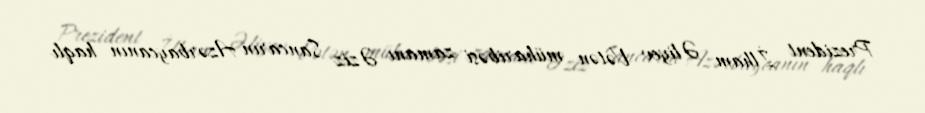
Prezident İlham Əliyev Vətən müharibəsi zamanı Əziz Sancarın Azərbaycanın haqlı